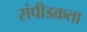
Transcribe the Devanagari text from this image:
संपीडकता